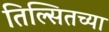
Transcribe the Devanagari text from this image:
तिल्सितच्या